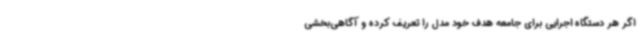
اگر هر دستگاه اجرایی برای جامعه هدف خود مدل را تعریف کرده و آگاهی‌بخشی